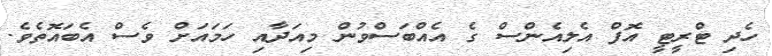
ހެދި ޓްރީޓީ އޮފް އެލިއެންސް ގެ އެއްބަސްވުން މިއަދާއި ހަމައަށް ވެސް އެބައޮތެވެ.